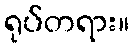
ရုပ်တရား။